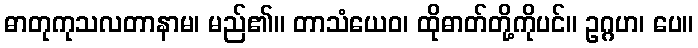
ဓာတုကုသလတာနာမ၊ မည်၏။ တာသံယေဝ၊ ထိုဓာတ်တို့ကိုပင်။ ဥဂ္ဂဟ၊ ပေ။